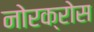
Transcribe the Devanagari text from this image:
नोरक्रोस